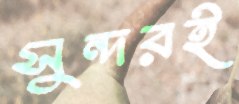
সুন্দরই